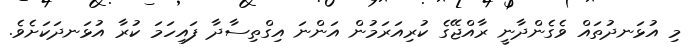
މި އުޅަނދުތައް ވެގެންދާނީ ރާއްޖޭގެ ކުރިއަރަމުން އަންނަ އިގްތިސާދާ ފައިހަމަ ކުރާ އުޅަނދަކަށެވެ.